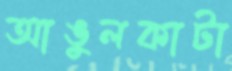
আঙুলকাটা